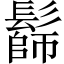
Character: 𩮭